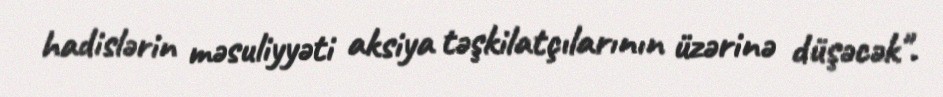
hadislərin məsuliyyəti aksiya təşkilatçılarının üzərinə düşəcək".